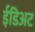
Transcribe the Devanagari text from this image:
ईडिअट